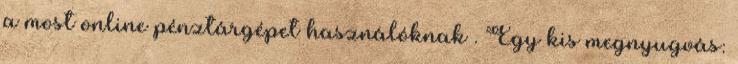
a most online pénztárgépet használóknak . Egy kis megnyugvás: